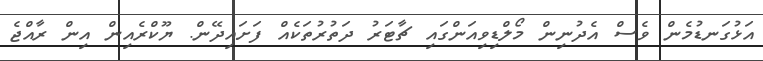
އަޅުގަނޑުމެން ވެސް އެދުނިން މޯލްޑިވިއަންގައި ޗާޓަރު ދަތުރުތަކެއް ފަށައިދޭން. ޔޫކްރެއިން އިން ރާއްޖެ